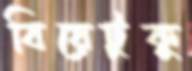
বিয়েটুকু